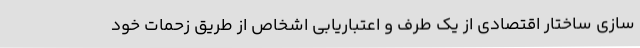
سازی ساختار اقتصادی از یک طرف و اعتباریابی اشخاص از طریق زحماتِ خود